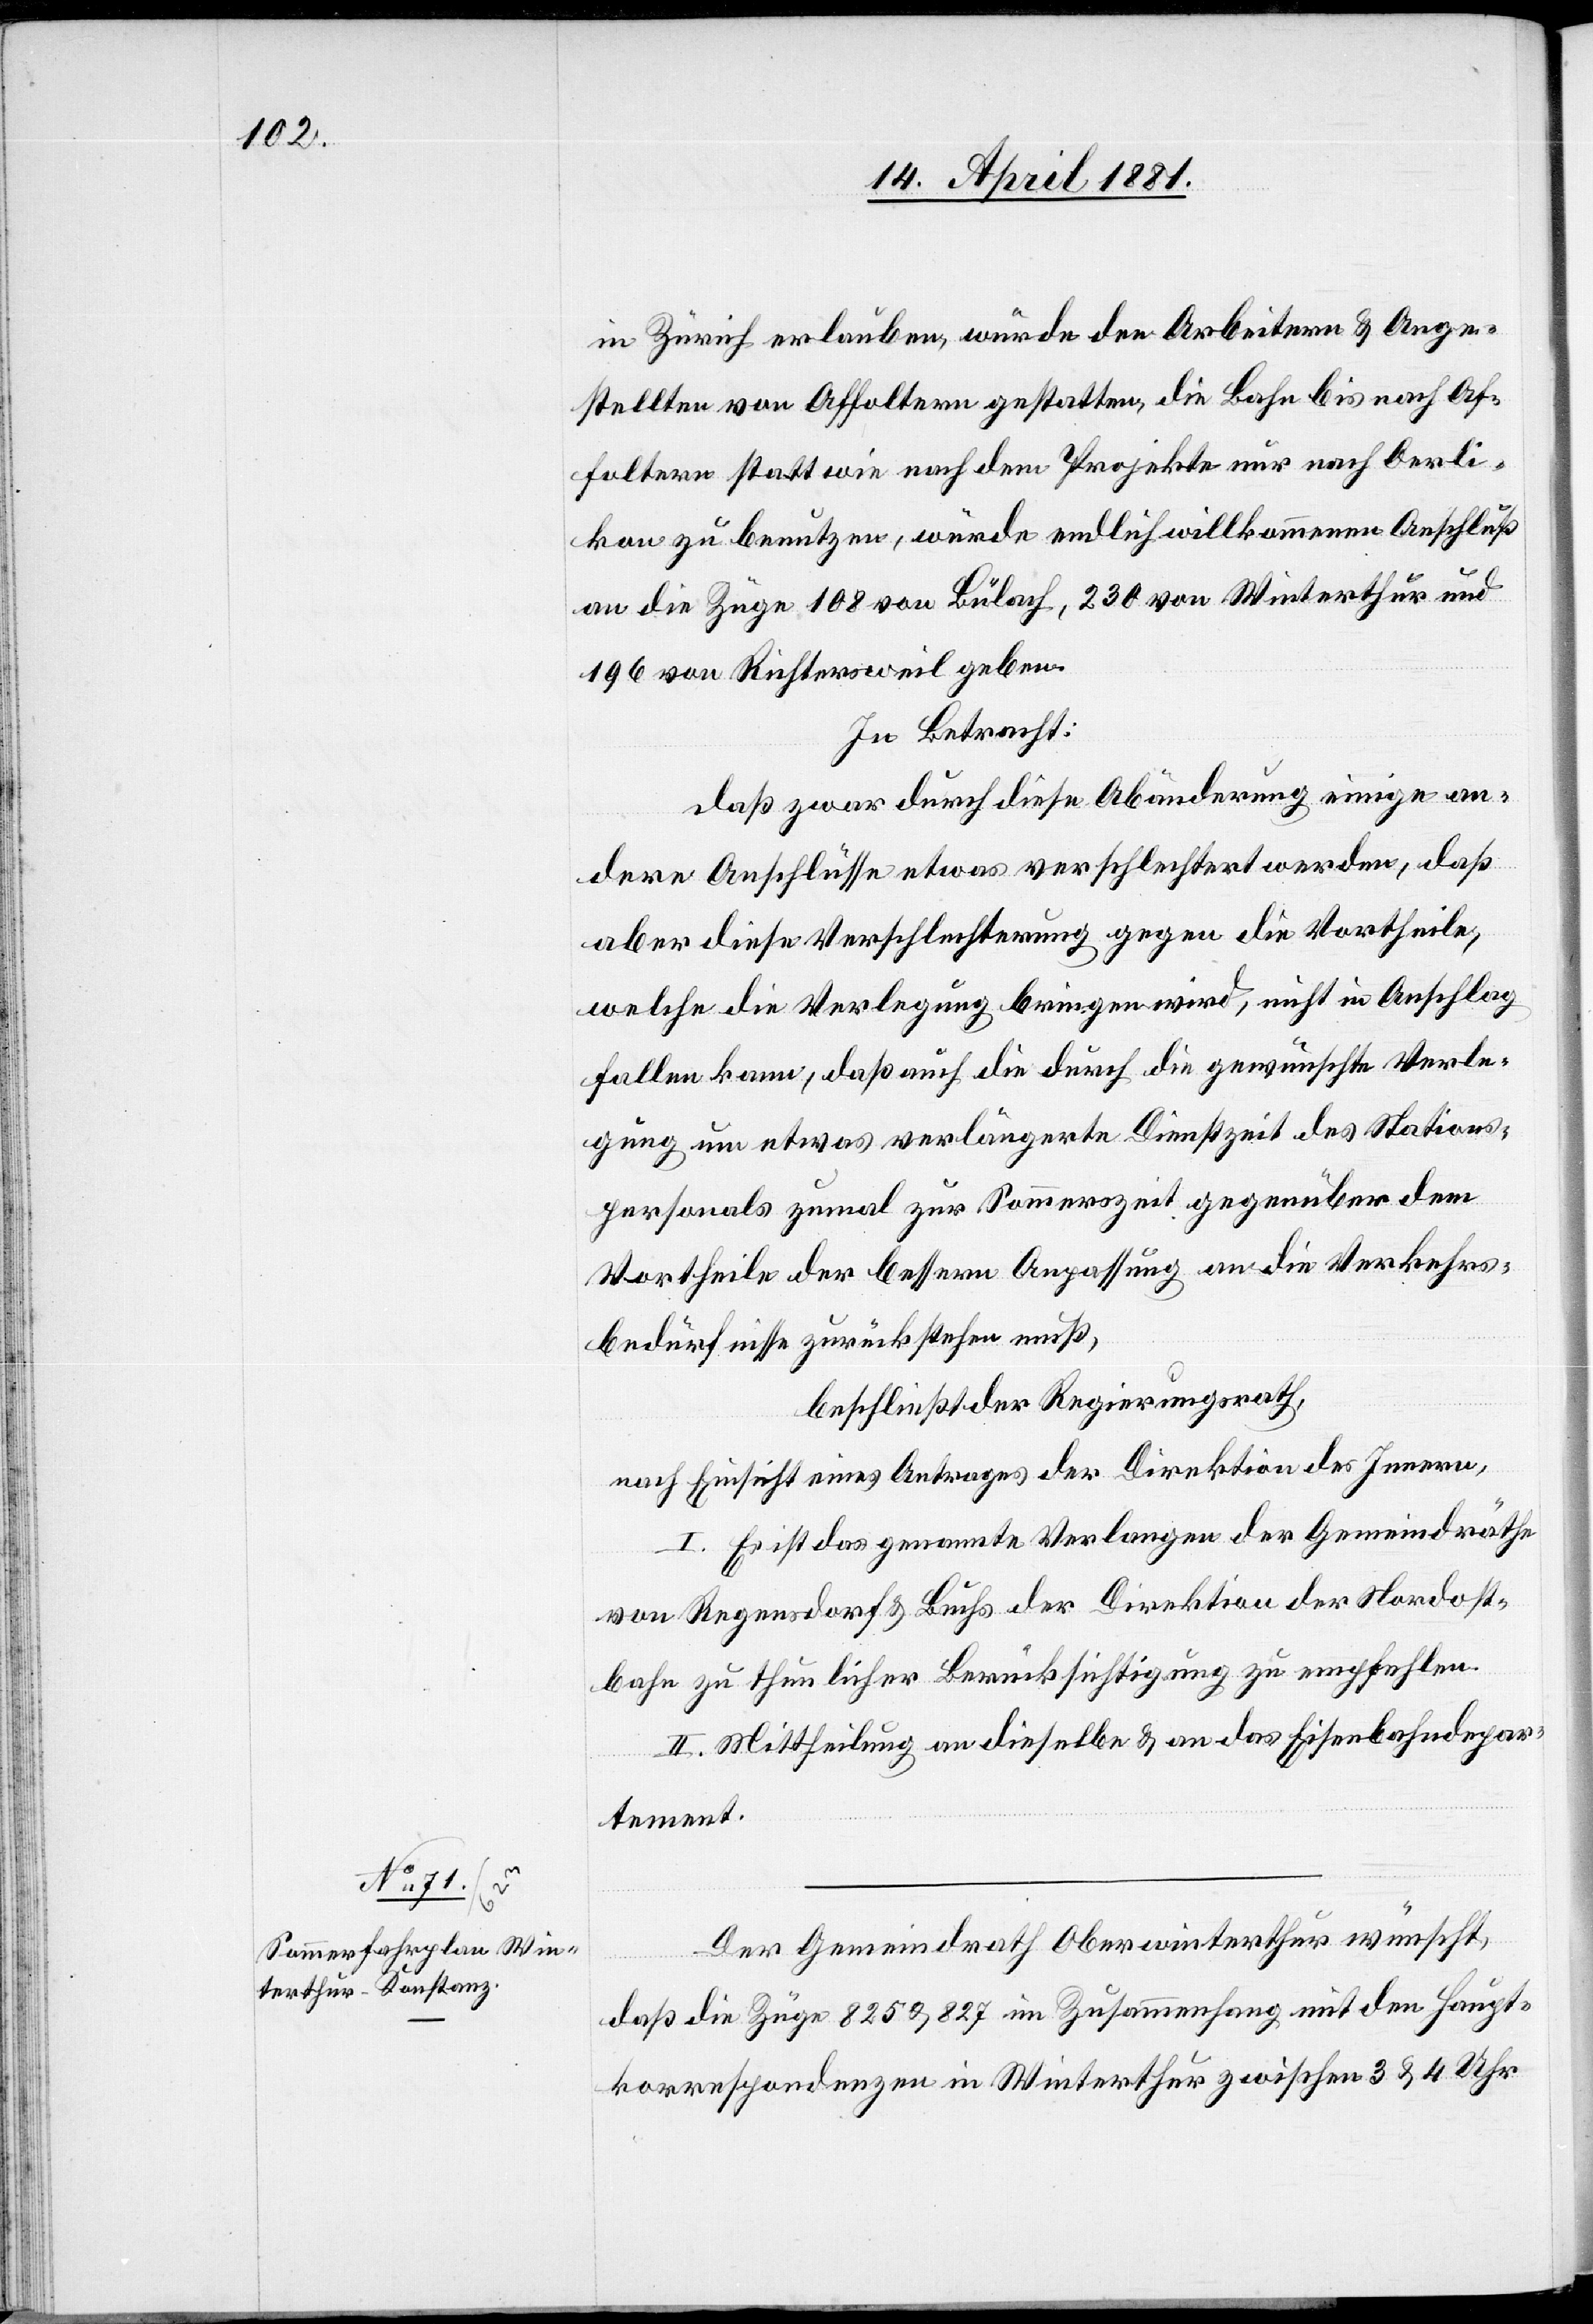
in Zürich erlauben, würde den Arbeitern & Ange¬
stellten von Affoltern gestatten, die Bahn bis nach Af¬
foltern statt wie nach dem Projekte nur nach Oerli¬
kon zu benutzen, würde endlich willkommenen Anschluß
an die Züge 108 von Bülach, 230 von Winterthur und
196 von Richtersweil geben.
In Betracht:
daß zwar durch diese Abänderung einige an¬
dere Anschlüsse etwas verschlechtert werden, daß
aber diese Verschlechterung gegen die Vortheile,
welche die Verlegung bringen wird, nicht in Anschlag
fallen kann, daß auch die durch die gewünschte Verle¬
gung um etwas verlängerte Dienstzeit des Stations¬
personals zumal zur Sommerzeit gegenüber dem
Vortheile der bessern Anpassung an die Verkehrs¬
bedürfnisse zurückstehen muß,
beschließt der Regierungsrath,
nach Einsicht eines Antrages der Direktion des Innern,
I. Es ist das genannte Verlangen der Gemeindräthe
von Regensdorf & Buchs der Direktion der Nordost¬
bahn zu thunlicher Berücksichtigung zu empfehlen.
II. Mittheilung an dieselbe & an das Eisenbahndepar¬
tement.
Der Gemeindrath Oberwinterthur wünscht,
daß die Züge 825 & 827 im Zusammenhang mit den Haupt¬
korrespondenzen in Winterthur zwischen 3 & 4 Uhr